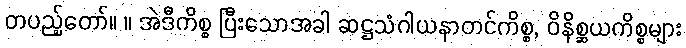
တပည့်တော်။ ။ အဲဒီကိစ္စ ပြီးသောအခါ ဆဋ္ဌသံဂါယနာတင်ကိစ္စ, ဝိနိစ္ဆယကိစ္စများ